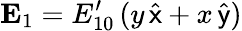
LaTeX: {\mathbf E}_{1}=E_{10}^{\prime}\, (y\, \widehat{\sf x}+x\, \widehat{\sf y})